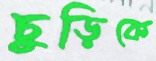
চুড়িকে